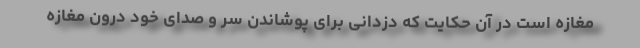
مغازه است در آن حکایت که دزدانی برای پوشاندن سر و صدای خود درون مغازه